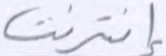
إنترنت